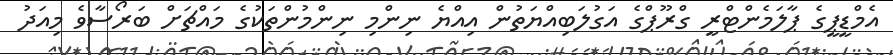
އެމްޑީޕީގެ ޕާލަމެންޓްރީ ގްރޫޕްގެ އަގުލަބިއްޔަތުން އިއްޔެ ނިންމި ނިންމުންތަކުގެ މައްޗަށް ބަރޯސާވެ މިއަދު